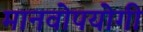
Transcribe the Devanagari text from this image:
मानवोपयोगी